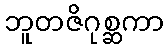
ဘူတဇိဂုစ္ဆကာ